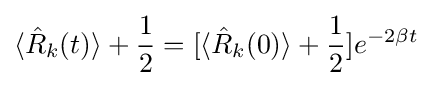
\langle {\hat {R}}_{k}(t)\rangle +{\frac {1}{2}}=[\langle {\hat {R}}_{k}(0)\rangle +{\frac {1}{2}}]e^{-2\beta t}